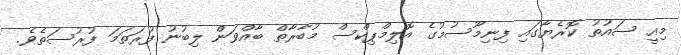
މިއީ ސައުތު ކޮރެޔާގައި ފިނިމޫސުމުގެ އޮލިމްޕިކްސް މުބާރާތް ބާއްވަން ލިބުނު ފުރަތަމަ ފުރުސަތެވެ.